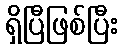
ရှိပြီဖြစ်ပြီး